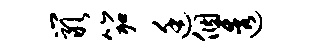
岩笳廷个透